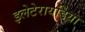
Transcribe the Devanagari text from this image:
इलेटेरायडिया